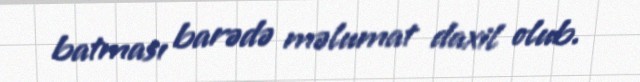
batması barədə məlumat daxil olub.